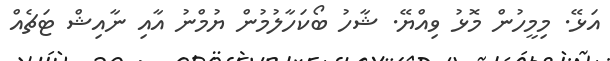
އަޅޭ. މިމީހުން މޮޅު ވިއްޔޭ. ޝާހު ބޯކަހާލުމުން ޔުމްނު އާއި ނާއިޝް ޓަޗެއް